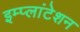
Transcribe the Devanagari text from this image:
इम्प्लांटेशन